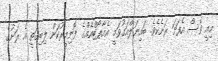
މިއީ ވެސް އެފަށަ ރަށެކެވެ. ބައިނަލްއަގުވަމީ އެއާޕޯޓްއެއްގެ ފޮނިމީރުކަން ލިބިގަތީ އެ ރަށުގެ